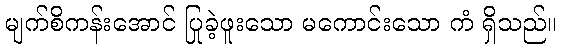
မျက်စိကန်းအောင် ပြုခဲ့ဖူးသော မကောင်းသော ကံ ရှိသည်။